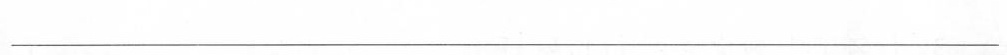
___